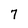
Character: 7